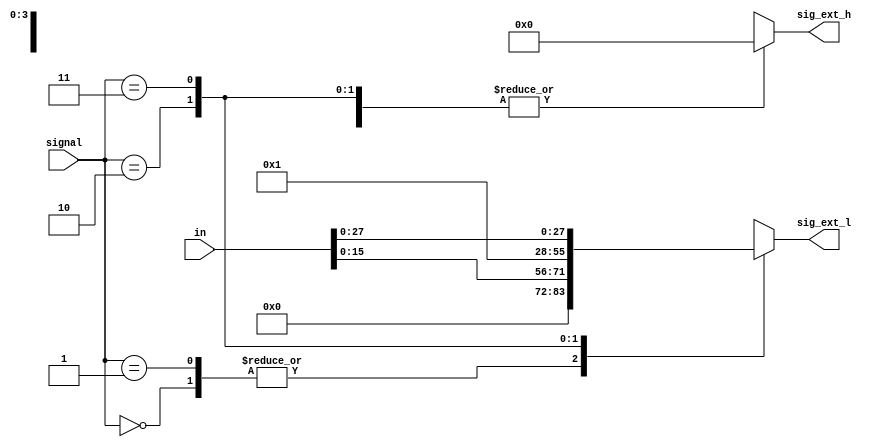
`ifndef _op_ext
`define _op_ext

module op_ext(
    input wire [1:0] signal,
    input wire [31:0] in,
    output reg [3:0] sig_ext_h,
    output reg [27:0] sig_ext_l
);

    always @(*) begin
        case (signal)
            2'b00: begin
                //1632
                sig_ext_h=4'h0;
                sig_ext_l={12'h0,in[15:0]};
            end
            2'b01: begin
                sig_ext_h=4'h0;
                sig_ext_l={16'h0,in[15:0]};
            end
            2'b10: begin
                sig_ext_h=4'h0;
                sig_ext_l=28'h1;
            end
            2'b11: begin
                //,4
                //bibibi,
                // 
                //mcu()
                sig_ext_h=4'h0;
                sig_ext_l=in[27:0];
            end
            default: begin
                sig_ext_h=4'h0;
                sig_ext_l=28'h0;
            end
        endcase
    end

endmodule

`endif